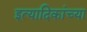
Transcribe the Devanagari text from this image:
इत्यादिकांच्या